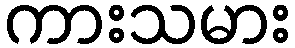
ကားသမား